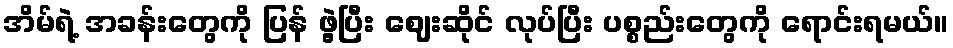
အိမ်ရဲ့ အခန်းတွေကို ပြန် ဖွဲ့ပြီး ဈေးဆိုင် လုပ်ပြီး ပစ္စည်းတွေကို ရောင်းရမယ်။